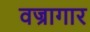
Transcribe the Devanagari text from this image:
वज्रागार